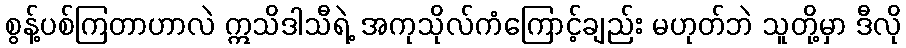
စွန့်ပစ်ကြတာဟာလဲ ဣသိဒါသီရဲ့ အကုသိုလ်ကံကြောင့်ချည်း မဟုတ်ဘဲ သူတို့မှာ ဒီလို